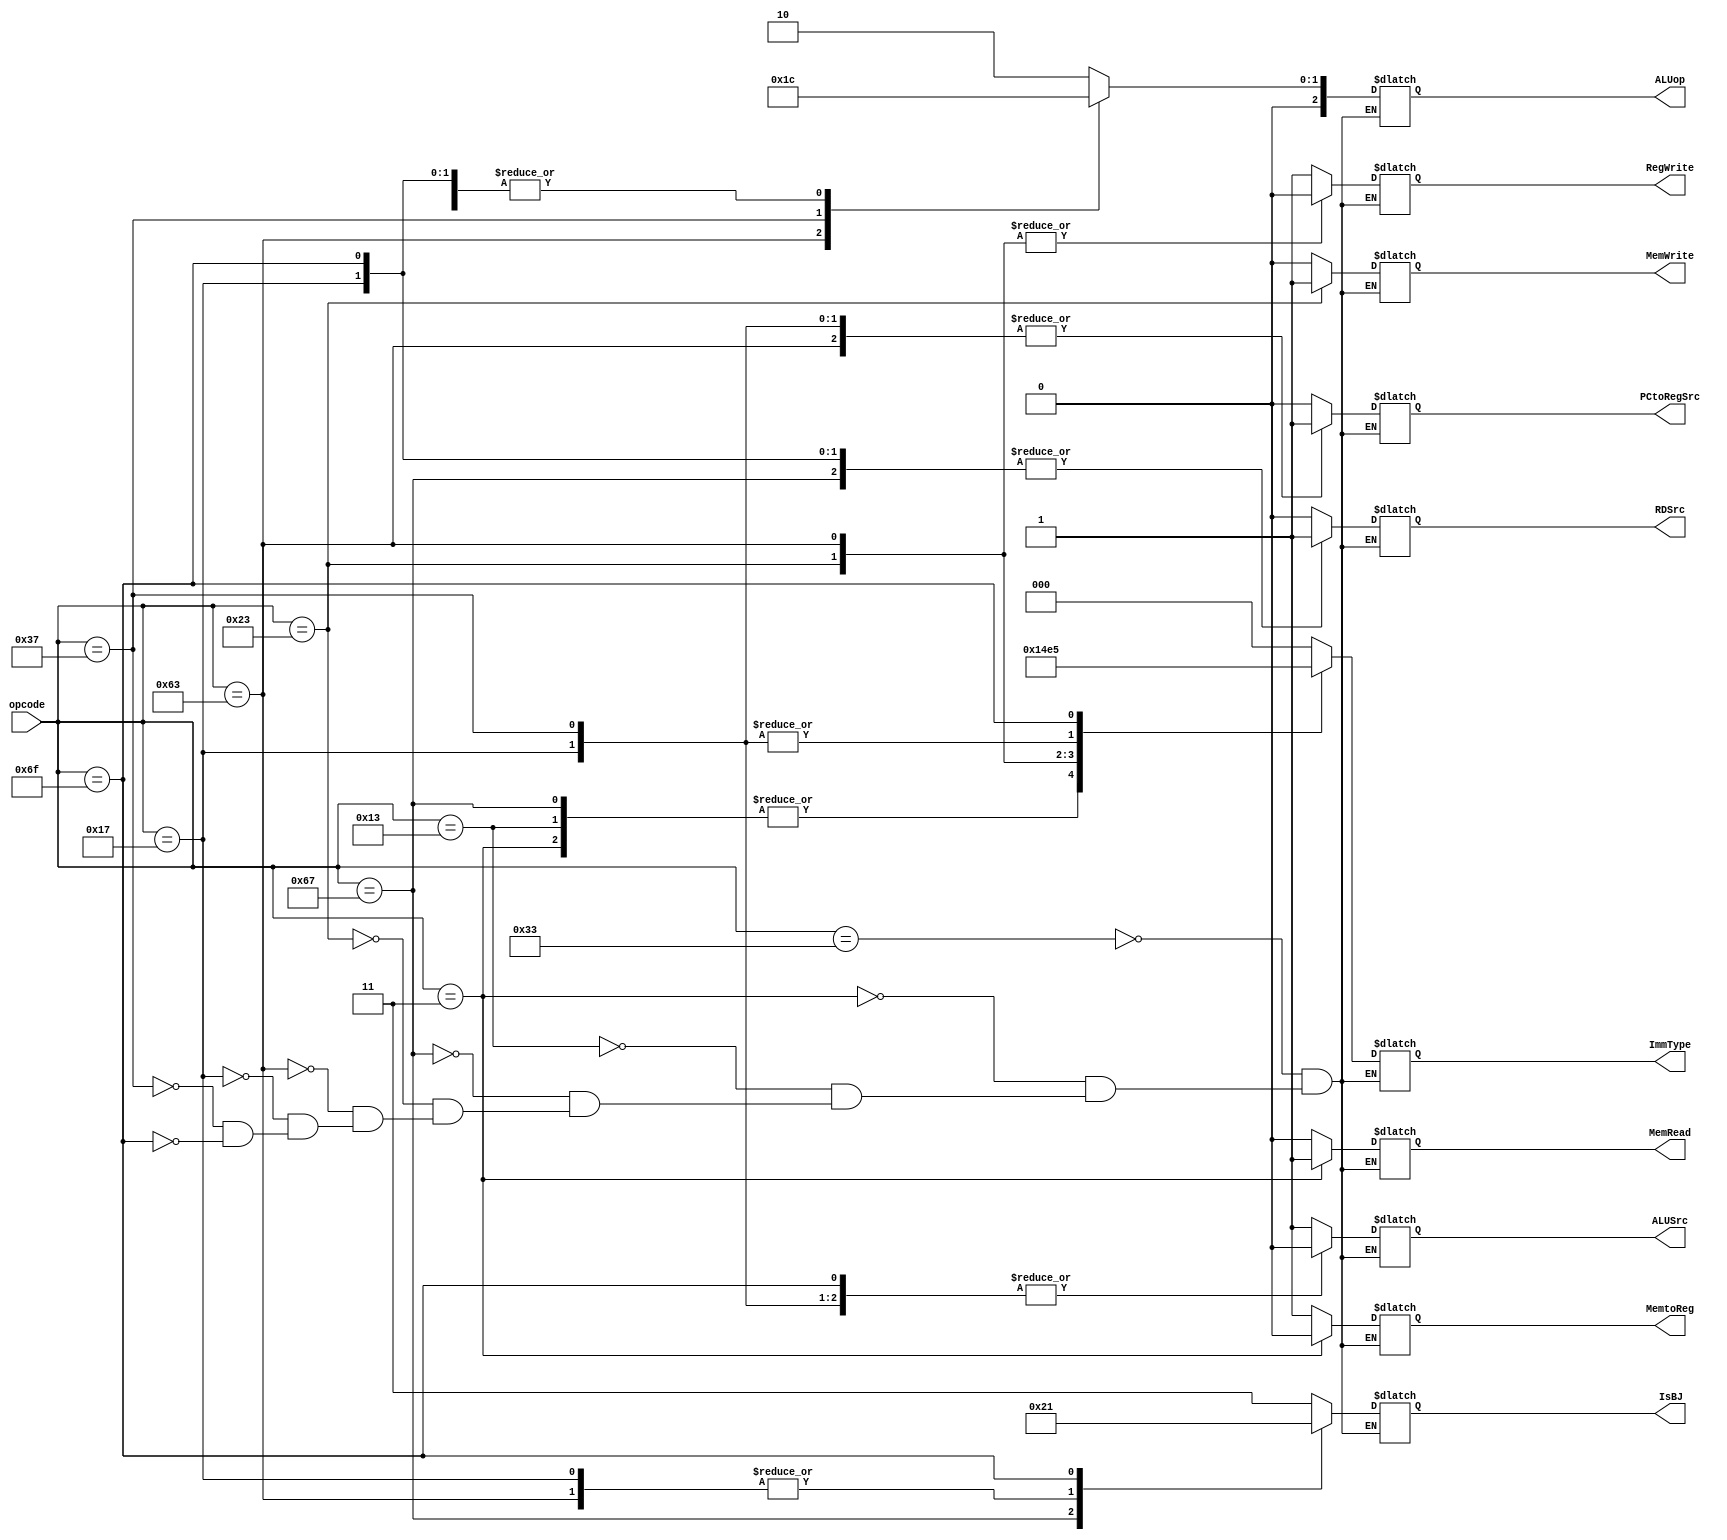

module Decoder(
    input      [6:0] opcode,
    output reg [2:0] ImmType,
    output reg       RegWrite,
    output reg [2:0] ALUop,
    output reg       PCtoRegSrc,
    output reg       ALUSrc,
    output reg       RDSrc,
    output reg       MemRead,
    output reg       MemWrite,
    output reg       MemtoReg,
    output reg [1:0] IsBJ
        );

//parameter for opcode
parameter [6:0] RTYPE         = 7'b0110011,
                LW            = 7'b0000011,
                ITYPE         = 7'b0010011,
                JALR          = 7'b1100111,
                SW            = 7'b0100011,
                BTYPE         = 7'b1100011,
                AUIPC         = 7'b0010111,
                LUI           = 7'b0110111,
                JAL           = 7'b1101111;

//perameter for ImmType
parameter [2:0] IMM_R         = 3'b000,
                IMM_I         = 3'b001,
                IMM_S         = 3'b010,
                IMM_B         = 3'b011,
                IMM_U         = 3'b100,
                IMM_J         = 3'b101;

//parameter for ALUSrc
parameter       RS2           = 1'b1,
                IMM           = 1'b0;

//parameter for PCtoRegSrc
parameter       PC_IMM        = 1'b1,
                PC_4          = 1'b0;

//parameter for RDSrc
parameter       PC_TO_REG     = 1'b1,
                ALU_OUT       = 1'b0;

//parameter for MemToReg
parameter       PC_OR_ALU_OUT = 1'b1,
                MEM_OUT       = 1'b0;


//parameter for ALUop
parameter [1:0] ALUOP_ADD     = 2'b00,
                ALUOP_SUB     = 2'b01,
                ALUOP_FUNC    = 2'b10,  
                ALUOP_LUI     = 2'b11;
//parameter for ISBJ
parameter [1:0] ISB           = 2'b00,
                ISJ           = 2'b01,
                ISJR          = 2'b10,
                NOBJ          = 2'b11;


always @(*) begin
    case(opcode)
        RTYPE : begin
            RegWrite   = 1'b1; 
            ImmType    = IMM_R;
            ALUop      = ALUOP_FUNC;
            PCtoRegSrc = 1'b0; //don't care
            ALUSrc     = RS2;
            RDSrc      = ALU_OUT;
            MemRead    = 1'b0;
            MemWrite   = 1'b0;
            MemtoReg   = PC_OR_ALU_OUT;
            IsBJ       = NOBJ;
        end
        LW    : begin
            RegWrite   = 1'b1;
            ImmType    = IMM_I;
            ALUop      = ALUOP_ADD;
            PCtoRegSrc = 1'b0; //don't care
            ALUSrc     = IMM;
            RDSrc      = ALU_OUT;
            MemRead    = 1'b1;
            MemWrite   = 1'b0;
            MemtoReg   = MEM_OUT;
            IsBJ       = NOBJ;
        end
        ITYPE : begin
            RegWrite   = 1'b1;
            ImmType    = IMM_I;
            ALUop      = ALUOP_FUNC;
            PCtoRegSrc = 1'b0; //don't care
            ALUSrc     = IMM;
            RDSrc      = ALU_OUT;
            MemRead    = 1'b0;
            MemWrite   = 1'b0;
            MemtoReg   = PC_OR_ALU_OUT;
            IsBJ       = NOBJ;
        end
        JALR  : begin
            RegWrite   = 1'b1;
            ImmType    = IMM_I;
            ALUop      = ALUOP_ADD;
            PCtoRegSrc = 1'b0; //from pc_out + 4 to register rd
            ALUSrc     = IMM;
            RDSrc      = PC_TO_REG;
            MemRead    = 1'b0;
            MemWrite   = 1'b0;
            MemtoReg   = PC_OR_ALU_OUT;
            IsBJ       = ISJR;
        end
        SW    : begin
            RegWrite   = 1'b0;
            ImmType    = IMM_S;
            ALUop      = ALUOP_ADD;
            PCtoRegSrc = 1'b0; //don't care
            ALUSrc     = IMM;
            RDSrc      = ALU_OUT; //don't care
            MemRead    = 1'b0;
            MemWrite   = 1'b1;
            MemtoReg   = PC_OR_ALU_OUT;//don't care
            IsBJ       = NOBJ;
        end
        BTYPE : begin
            RegWrite   = 1'b0;
            ImmType    = IMM_B;
            ALUop      = ALUOP_SUB;
            PCtoRegSrc = 1'b1; //from pc_out + imm to pc_in's mux
            ALUSrc     = RS2;
            RDSrc      = ALU_OUT; //don't care
            MemRead    = 1'b0;
            MemWrite   = 1'b0;
            MemtoReg   = PC_OR_ALU_OUT; //don't care
            IsBJ       = ISB;
        end
        AUIPC : begin
            RegWrite   = 1'b1;
            ImmType    = IMM_U;
            ALUop      = ALUOP_ADD;
            PCtoRegSrc = 1'b1; //from pc_out + imm 
            ALUSrc     = IMM; // don't care
            RDSrc      = PC_TO_REG;
            MemRead    = 1'b0;
            MemWrite   = 1'b0;
            MemtoReg   = PC_OR_ALU_OUT;
            IsBJ       = 1'b0;
        end
        LUI   : begin
            RegWrite   = 1'b1;
            ImmType    = IMM_U;
            ALUop      = ALUOP_LUI;
            PCtoRegSrc = 1'b1; //notice here !!!!!! we have to add another mux in front of the pc_out imm adder , to choose imm only for LUI instr!!!!!!!!!! 
            ALUSrc     = IMM; //don't care
            RDSrc      = ALU_OUT;
            MemRead    = 1'b0;
            MemWrite   = 1'b0;
            MemtoReg   = PC_OR_ALU_OUT;
            IsBJ       = NOBJ;
        end
        JAL   : begin // in this instruction , the pc = pc + imm will feedback without mux(pctoregsrc)
            RegWrite   = 1'b1;
            ImmType    = IMM_J;
            ALUop      = ALUOP_ADD;
            PCtoRegSrc = 1'b0; //it's from pc_out + 4
            ALUSrc     = IMM;//don't care
            RDSrc      = PC_TO_REG;
            MemRead    = 1'b0;
            MemWrite   = 1'b0;
            MemtoReg   = PC_OR_ALU_OUT;
            IsBJ       = ISJ;
        end
    endcase
end

endmodule